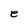
Character: e